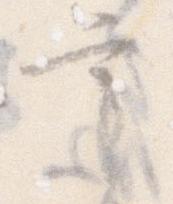
言